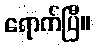
ရောက်ပြီ။